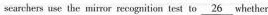
searchers use the mirror recognition test to \underline { 2 6 } whether